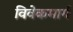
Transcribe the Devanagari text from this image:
विवेकमार्ग